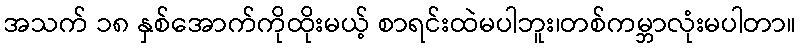
အသက် ၁၈ နှစ်အောက်ကိုထိုးမယ့် စာရင်းထဲမပါဘူး၊တစ်ကမ္ဘာလုံးမပါတာ။